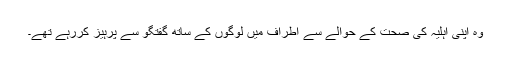
وہ اپنی اہلیہ کی صحت کے حوالے سے اطراف میں لوگوں کے ساتھ گفتگو سے پرہیز کررہے تھے۔